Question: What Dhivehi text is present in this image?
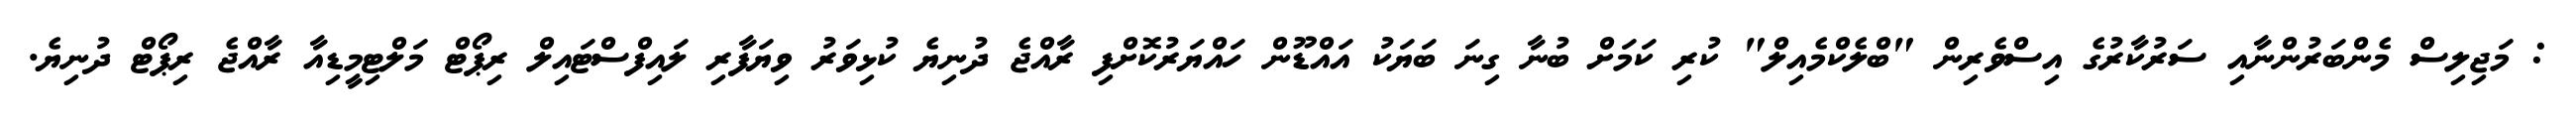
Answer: : މަޖިލިސް މެންބަރުންނާއި ސަރުކާރުގެ އިސްވެރިން "ބްލެކްމެއިލް" ކުރި ކަމަށް ބުނާ ގިނަ ބަޔަކު އައްޑޫން ހައްޔަރުކޮށްފި ރާއްޖެ ދުނިޔެ ކުޅިވަރު ވިޔަފާރި ލައިފްސްޓައިލް ރިޕޯޓް މަލްޓިމީޑިއާ ރާއްޖެ ރިޕޯޓް ދުނިޔެ.